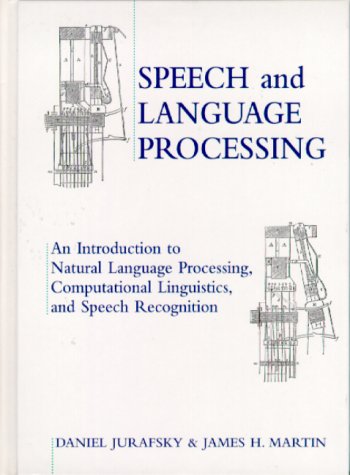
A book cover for Speech and Language Processing: An Introduction to Natural Language Processing, Computational Linguistics and Speech Recognition; Daniel Jurafsky; Computers & Technology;